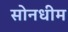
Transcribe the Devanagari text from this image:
सोनधीम